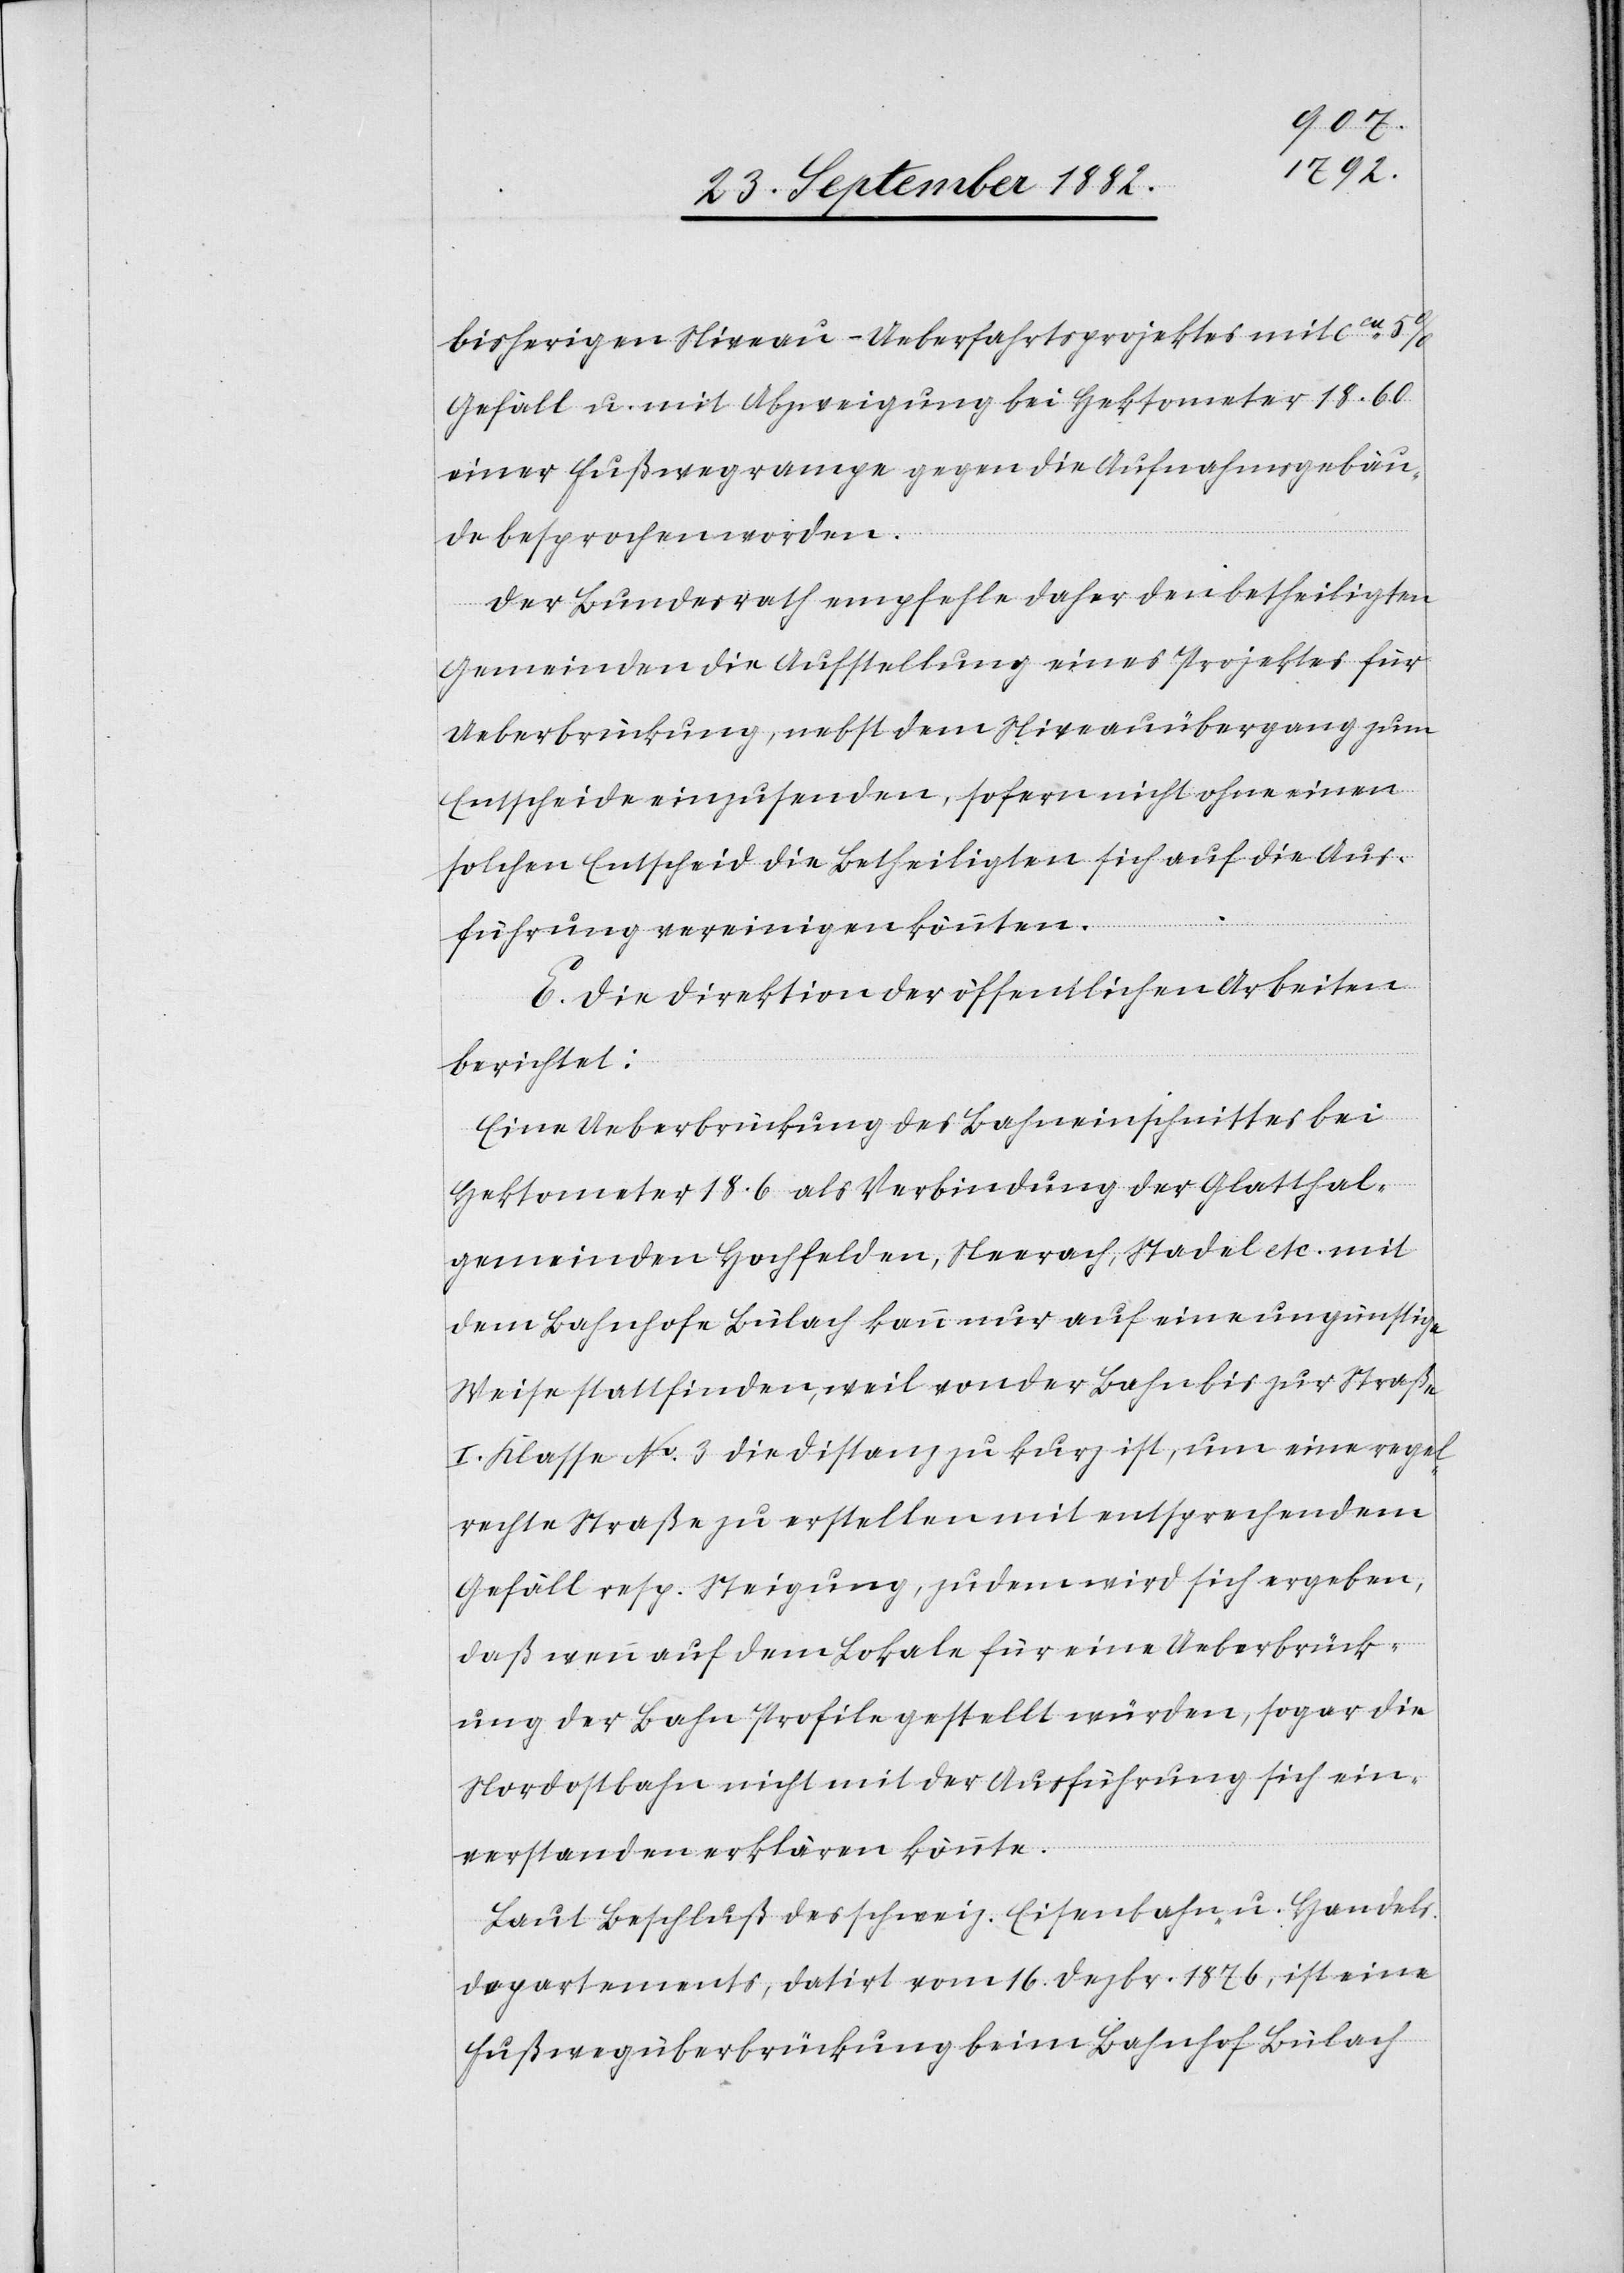
bisherigen Niveau-Ueberfahrtsprojektes mit ca
Gefäll u. mit Abzweigung bei Hektometer 18.60
einer Fußwegrampe gegen die Aufnahmsgebäu¬
de besprochen worden.
Der Bundesrath empfehle daher den betheiligten
Gemeinden die Aufstellung eines Projektes für
Ueberbrückung, nebst dem Niveauübergang zum
Entscheide einzusenden, sofern nicht ohne einen
solchen Entscheid die Betheiligten sich auf die Aus¬
führung vereinigen könnten.
E. Die Direktion der öffentlichen Arbeiten
berichtet:
Eine Ueberbrückung des Bahneinschnittes bei
Hektometer 18.6 als Verbindung der Glatthal¬
gemeinden Hochfelden, Neerach, Stadel etc. mit
dem Bahnhofe Bülach kann nur auf eine ungünstige
Weise stattfinden, weil von der Bahn bis zur Straße
I. Klasse No 3 die Distanz zu kurz ist, um eine regel¬
rechte Straße zu erstellen mit entsprechendem
Gefäll resp. Steigung, zudem wird sich ergeben,
daß wenn auf dem Lokale für eine Ueberbrück¬
ung der Bahn Profile gestellt würden, sogar die
Nordostbahn nicht mit der Ausführung sich ein¬
verstanden erklären könnte.
Laut Beschluß es schweiz. Eisenbahn- u. Handels¬
departements, datirt vom 16. Dezbr. 1876, ist eine
Fußwegüberbrückung beim Bahnhof Bülach